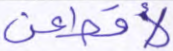
لأقطعن